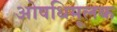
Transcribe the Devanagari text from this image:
ओषधिमूलक